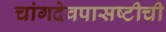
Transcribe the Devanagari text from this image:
चांगदेवपासष्टीची